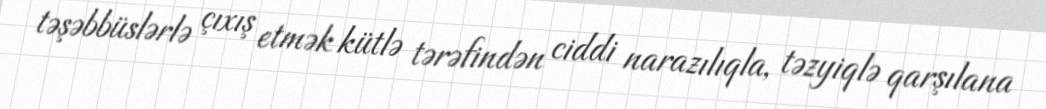
təşəbbüslərlə çıxış etmək kütlə tərəfindən ciddi narazılıqla, təzyiqlə qarşılana